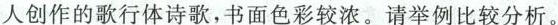
人创作的歌行体诗歌，书面色彩较浓。请举例比较分析。